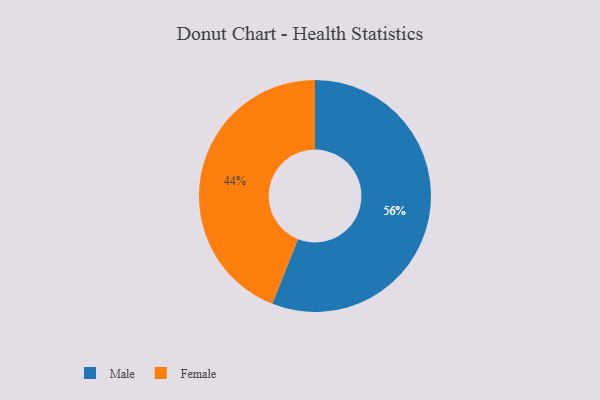
{"axis": {"x": "Category", "y": "Percentage"}, "legend": ["Female", "Male"], "data": [{"x": "Male", "y": 56, "type": "Male"}, {"x": "Female", "y": 44, "type": "Female"}]}